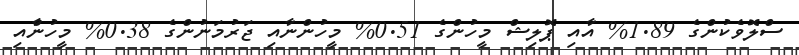
ސްލޮވެކުންގެ 1.89% އާއި ޕޮލިޝް މީހުންގެ 0.51% މީހުންނާއި ޖަރުމަނުންގެ 0.38% މީހުންާއި